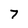
Character: 7